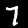
Label: 7